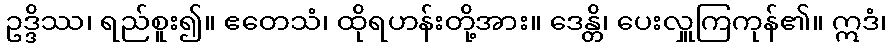
ဥဒ္ဒိဿ၊ ရည်စူး၍။ ဧတေသံ၊ ထိုရဟန်းတို့အား။ ဒေန္တိ၊ ပေးလှူကြကုန်၏။ ဣဒံ၊